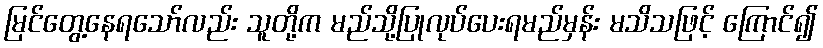
မြင်တွေ့နေရသော်လည်း သူတို့က မည်သို့ပြုလုပ်ပေးရမည်မှန်း မသိသဖြင့် ကြောင်၍